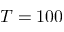
T = 1 0 0